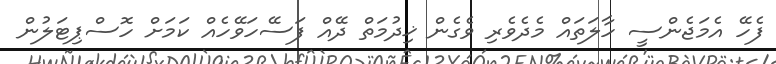
ފެހޭ އެމަޖެންސީ ހާލަތައް މެދެވެރި ވެގެން ޚިދުމަތް ދޭއް ފަސޭހަވޭހެއް ކަމަށް ހޮސްޕިޓަލުން